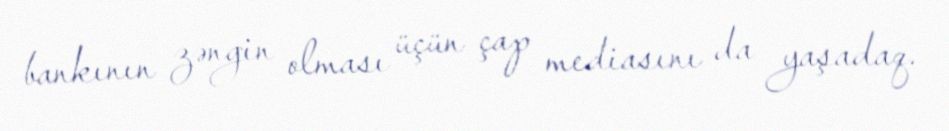
bankının zəngin olması üçün çap mediasını da yaşadaq.